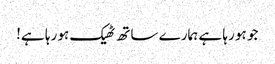
جو ہو رہا ہے ہمارے ساتھ ٹھیک ہو رہا ہے!